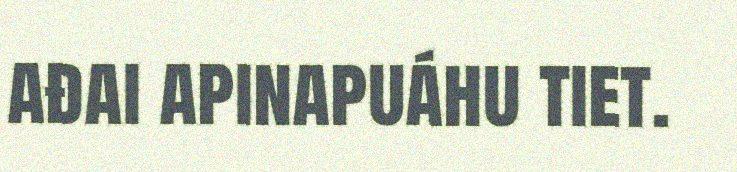
ađai apinapuáhu tiet.